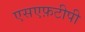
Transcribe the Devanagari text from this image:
एसएफ़टीपी